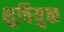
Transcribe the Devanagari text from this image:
शुचियुक्त